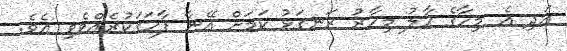
އަދި އެ މިހާގެ ހާލު މިހާރު ރަނގަޅު ކަމަށް އޭނާ ފާހަގަކުރެއްވެވި އެވެ.